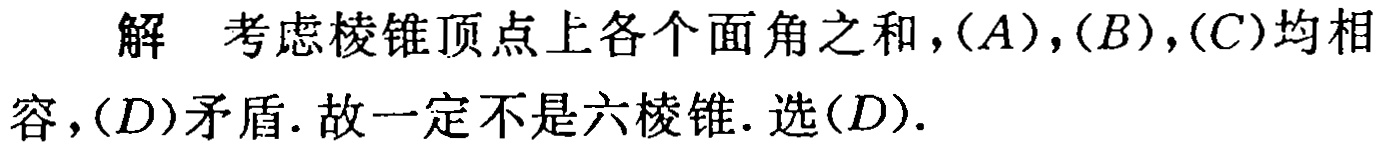
解 考虑棱锥顶点上各个面角之和，$(A)$，$(B)$，$(C)$均相容，$(D)$矛盾. 故一定不是六棱锥. 选$(D)$.